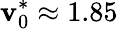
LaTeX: \mathbf{v}_{0}^{*}\approx1.85